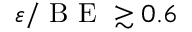
\varepsilon / \textrm { B E } \gtrsim 0 . 6